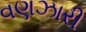
વણઝારી